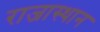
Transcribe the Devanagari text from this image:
राजास्थान